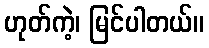
ဟုတ်ကဲ့၊ မြင်ပါတယ်။